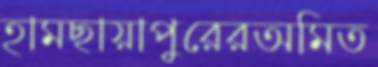
হামছায়াপুরেরঅমিত